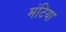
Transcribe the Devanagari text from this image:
मंटिया